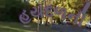
હયદળની